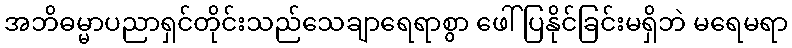
အဘိဓမ္မာပညာရှင်တိုင်းသည်သေချာရေရာစွာ ဖေါ်ပြနိုင်ခြင်းမရှိဘဲ မရေမရာ